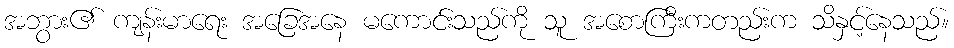
အဘွား၏ ကျန်းမာရေး အခြေအနေ မကောင်းသည်ကို သူ အစောကြီးကတည်းက သိနှင့်နေသည်။